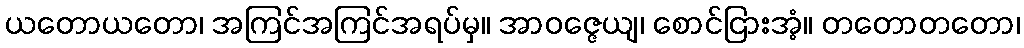
ယတောယတော၊ အကြင်အကြင်အရပ်မှ။ အာဝဇ္ဇေယျ၊ စောင်ငြားအံ့။ တတောတတော၊